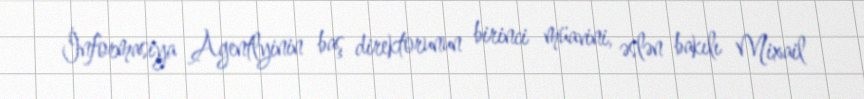
İnformasiya Agentlyinin baş direktorunun birinci müavini, əslən bakılı Mixail